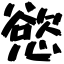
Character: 慾